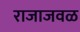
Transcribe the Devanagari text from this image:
राजाजवळ